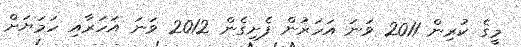
މީގެ ކުރިން 2011 ވަނަ އަހަރުން ފެށިގެން 2012 ވަނަ އަހަރާއި ހަމަޔަށް